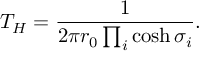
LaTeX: T _ { H } = \frac { 1 } { 2 \pi r _ { 0 } \prod _ { i } \cosh \sigma _ { i } } .